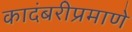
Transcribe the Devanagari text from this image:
कादंबरीप्रमाणे